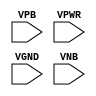
module sky130_fd_sc_lp__tap (
    //# {{power|Power}}
    input VPB ,
    input VPWR,
    input VGND,
    input VNB
);
endmodule